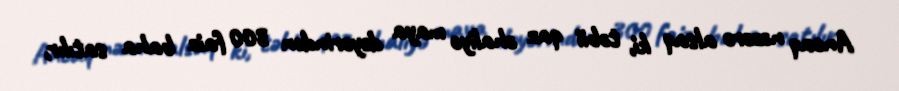
Ancaq nəzərə alsaq ki, təbii qaz əhaliyə maya dəyərindən 300 faiz baha satılır,